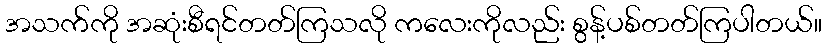
အသက်ကို အဆုံးစီရင်တတ်ကြသလို ကလေးကိုလည်း စွန့်ပစ်တတ်ကြပါတယ်။